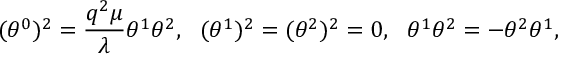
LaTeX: ( \theta ^ { 0 } ) ^ { 2 } = \frac { q ^ { 2 } \mu } { \lambda } \theta ^ { 1 } \theta ^ { 2 } , ~ ~ ( \theta ^ { 1 } ) ^ { 2 } = ( \theta ^ { 2 } ) ^ { 2 } = 0 , ~ ~ \theta ^ { 1 } \theta ^ { 2 } = - \theta ^ { 2 } \theta ^ { 1 } ,